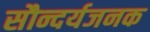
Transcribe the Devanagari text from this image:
सौन्दर्यजनक